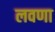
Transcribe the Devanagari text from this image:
लवणा